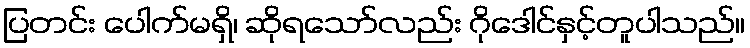
ပြတင်း ပေါက်မရှိ၊ ဆိုရသော်လည်း ဂိုဒေါင်နှင့်တူပါသည်။